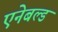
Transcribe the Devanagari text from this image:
एनेबल्‍ड